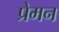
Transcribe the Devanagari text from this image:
प्रेमन